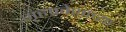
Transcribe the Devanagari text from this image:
गृहप्रवेशाच्या